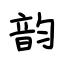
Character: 韵